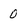
Character: 0